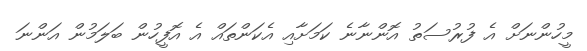
މީހުންނަށް އެ ފުރުސަތު އޮންނާނެ ކަމަށާއި އެކަންތައް އެ އޮފީހުން ބަލަމުން އަންނަ